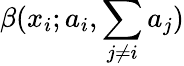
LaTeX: \beta(x_{i};a_{i},\sum_{j\neq i}a_{j})